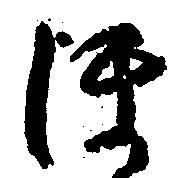
ほ